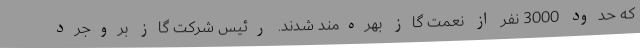
که حدود 3000 نفر از نعمت گاز بهره‌مند شدند. رئیس شرکت گاز بروجرد